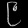
Digit: ၉